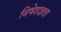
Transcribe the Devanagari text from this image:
विषेशज्ञता